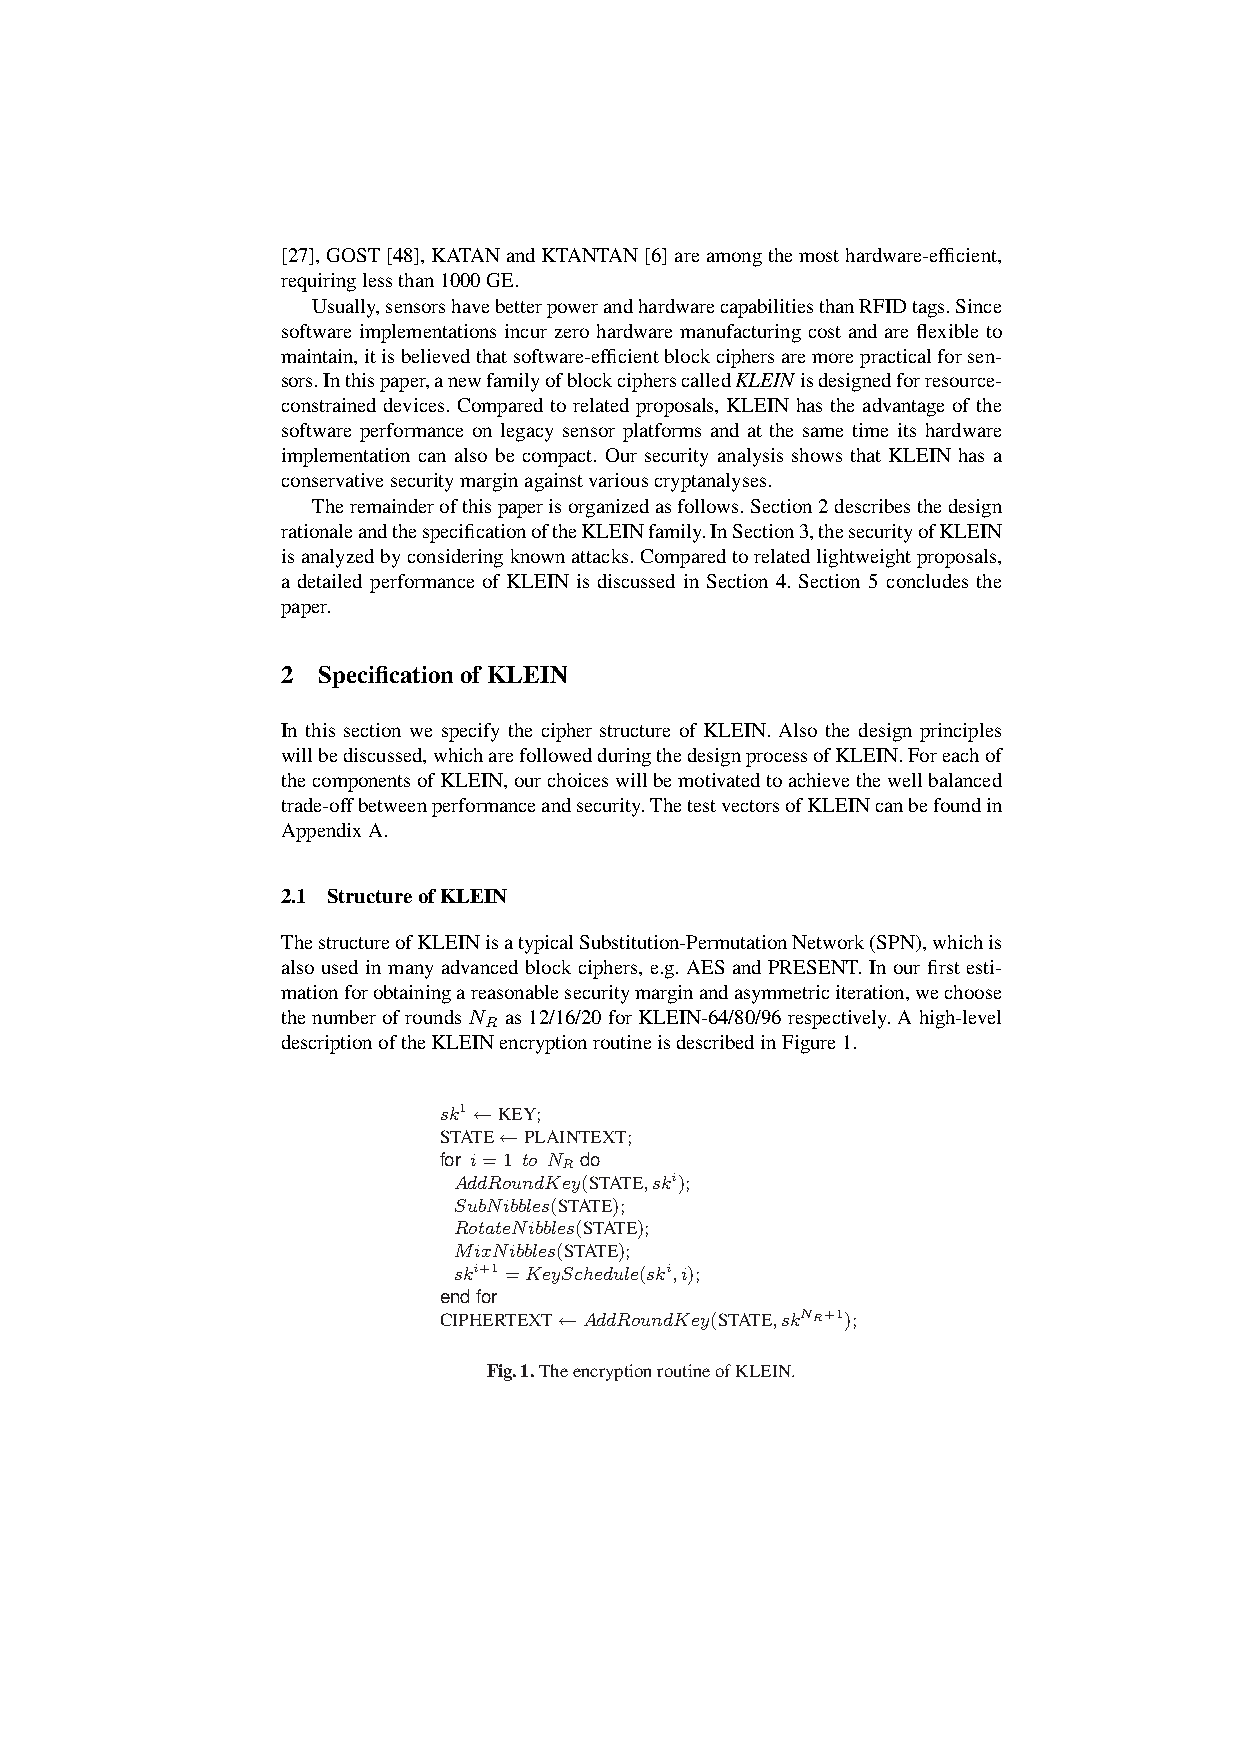
[27],GOST[48],KATANandKTANTAN[6]areamongthemosthardware-efficient,
 requiringlessthan1000GE.
 Usually,sensorshavebetterpowerandhardwarecapabilitiesthanRFIDtags.Since
 software implementations incur zero hardware manufacturing cost and are flexible to
 maintain,itisbelievedthatsoftware-efficientblockciphersaremorepracticalforsen-
 sors.Inthispaper,anewfamilyofblockcipherscalledKLEINisdesignedforresource-
 constrained devices. Compared to related proposals, KLEIN has the advantage of the
 software performance on legacy sensor platforms and at the same time its hardware
 implementation can also be compact. Our security analysis shows that KLEIN has a
 conservativesecuritymarginagainstvariouscryptanalyses.
 Theremainderofthispaperisorganizedasfollows.Section2describesthedesign
 rationaleandthespecificationoftheKLEINfamily.InSection3,thesecurityofKLEIN
 isanalyzedbyconsideringknownattacks.Comparedtorelatedlightweightproposals,
 a detailed performance of KLEIN is discussed in Section 4. Section 5 concludes the
 paper.
 2 SpecificationofKLEIN
 In this section we specify the cipher structure of KLEIN. Also the design principles
 willbediscussed,whicharefollowedduringthedesignprocessofKLEIN.Foreachof
 thecomponentsofKLEIN,ourchoiceswillbemotivatedtoachievethewellbalanced
 trade-offbetweenperformanceandsecurity.ThetestvectorsofKLEINcanbefoundin
 AppendixA.
 2.1 StructureofKLEIN
 ThestructureofKLEINisatypicalSubstitution-PermutationNetwork(SPN),whichis
 also used in many advanced block ciphers, e.g. AES and PRESENT. In our first esti-
 mationforobtainingareasonablesecuritymarginandasymmetriciteration,wechoose
 thenumberofroundsN as12/16/20forKLEIN-64/80/96respectively.Ahigh-level
 R
 descriptionoftheKLEINencryptionroutineisdescribedinFigure1.
 sk1 ←KEY;
 STATE←PLAINTEXT;
 for i=1 to N do
 R
 AddRoundKey(STATE,ski);
 SubNibbles(STATE);
 RotateNibbles(STATE);
 MixNibbles(STATE);
 ski+1 =KeySchedule(ski,i);
 endfor
 CIPHERTEXT←AddRoundKey(STATE,skNR+1);
 Fig.1.TheencryptionroutineofKLEIN.